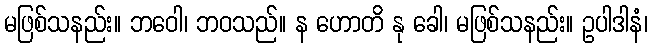
မဖြစ်သနည်း။ ဘဝေါ၊ ဘဝသည်။ န ဟောတိ နု ခေါ၊ မဖြစ်သနည်း။ ဥပါဒါနံ၊